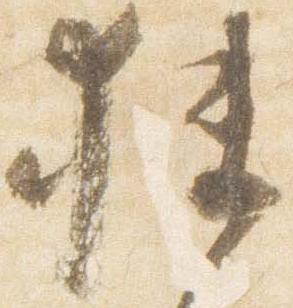
狭